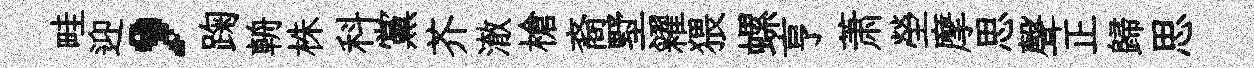
畦迎，踘輈株科黨芥澈槍裔墅糴猥螺亨萧塋摩思聲正歸思